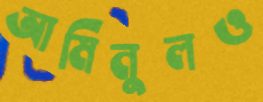
আমিনুলও